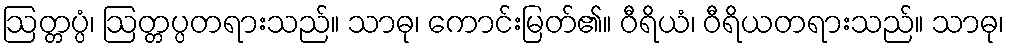
ဩတ္တပ္ပံ၊ ဩတ္တပ္ပတရားသည်။ သာဓု၊ ကောင်းမြတ်၏။ ဝီရိယံ၊ ဝီရိယတရားသည်။ သာဓု၊